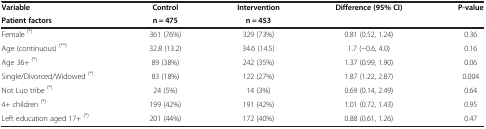
| Variable | Control | Intervention | Difference (95% CI) | P-value |
 | Patient factors | n = 475 | n = 453 |  |  |
 | --- | --- | --- | --- | --- |
 | Female (*) | 361 (76%) | 329 (73%) | 0.81 (0.52, 1.24) | 0.36 |
 | Age (continuous) (**) | 32.8 (13.2) | 34.6 (14.5) | 1.7 (−0.6, 4.0) | 0.16 |
 | Age 36+ (*) | 89 (38%) | 242 (35%) | 1.37 (0.99, 1.90) | 0.06 |
 | Single/Divorced/Widowed (*) | 83 (18%) | 122 (27%) | 1.87 (1.22, 2.87) | 0.004 |
 | Not Luo tribe (*) | 24 (5%) | 14 (3%) | 0.69 (0.14, 2.49) | 0.64 |
 | 4+ children (*) | 199 (42%) | 191 (42%) | 1.01 (0.72, 1.43) | 0.95 |
 | Left education aged 17+ (*) | 201 (44%) | 172 (40%) | 0.88 (0.61, 1.26) | 0.47 |